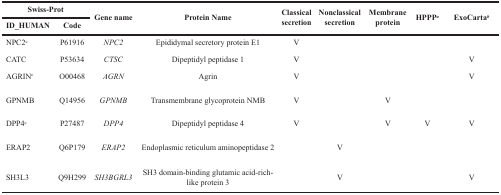
| <COLSPAN=2> Swiss-Prot | <ROWSPAN=2> Gene name | <ROWSPAN=2> Protein Name | <ROWSPAN=2> Classical secretion | <ROWSPAN=2> Nonclassical secretion | <ROWSPAN=2> Membrane protein | <ROWSPAN=2> HPPPa | <ROWSPAN=2> ExoCartab |
 | ID_HUMAN | Code |
 | --- | --- | --- | --- | --- | --- | --- | --- | --- |
 | NPC2c | P61916 | NPC2 | Epididymal secretory protein E1 | V |  |  |  |  |
 | CATC | P53634 | CTSC | Dipeptidyl peptidase 1 | V |  |  |  | V |
 | AGRINc | O00468 | AGRN | Agrin | V |  |  |  | V |
 | GPNMB | Q14956 | GPNMB | Transmembrane glycoprotein NMB | V |  | V |  |  |
 | DPP4c | P27487 | DPP4 | Dipeptidyl peptidase 4 | V |  | V | V | V |
 | ERAP2 | Q6P179 | ERAP2 | Endoplasmic reticulum aminopeptidase 2 |  | V |  |  |  |
 | SH3L3 | Q9H299 | SH3BGRL3 | SH3 domain-binding glutamic acid-rich-like protein 3 |  | V |  |  | V |